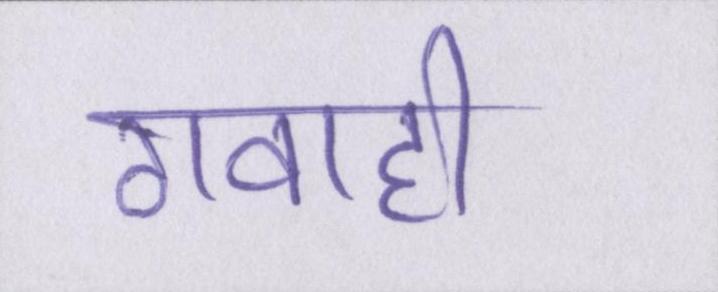
गवाही